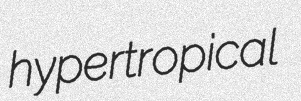
hypertropical